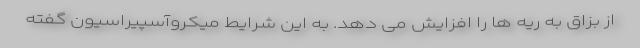
از بزاق به ریه ها را افزایش می دهد. به این شرایط میکروآسپیراسیون گفته